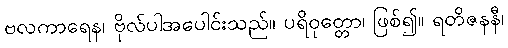
ဗလကာရေန၊ ဗိုလ်ပါအပေါင်းသည်။ ပရိဝုတ္တော၊ ဖြစ်၍။ ရတိဇနနီ၊